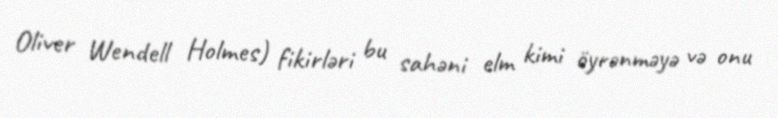
Oliver Wendell Holmes) fikirləri bu sahəni elm kimi öyrənməyə və onu